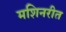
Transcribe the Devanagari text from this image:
मशिनरीत